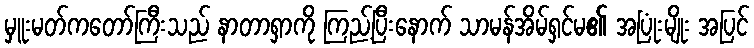
မှူးမတ်ကတော်ကြီးသည် နာတာရှာကို ကြည့်ပြီးနောက် သာမန်အိမ်ရှင်မ၏ အပြုံးမျိုး အပြင်